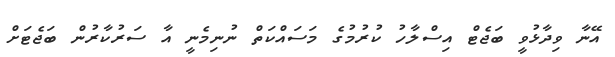
އޭނާ ވިދާޅުވީ ބަޖެޓް އިސްލާހު ކުރުމުގެ މަސައްކަތް ނުނިމެނީ އާ ސަރުކާރުން ބަޖެޓަށް